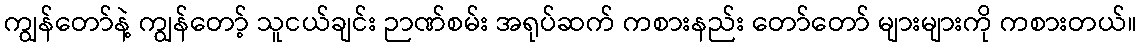
ကျွန်တော်နဲ့ ကျွန်တော့် သူငယ်ချင်း ဉာဏ်စမ်း အရုပ်ဆက် ကစားနည်း တော်တော် များများကို ကစားတယ်။